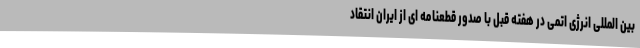
بین المللی انرژی اتمی در هفته قبل با صدور قطعنامه ای از ایران انتقاد